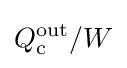
Q_{\text{c}}^{\text{out}}/W